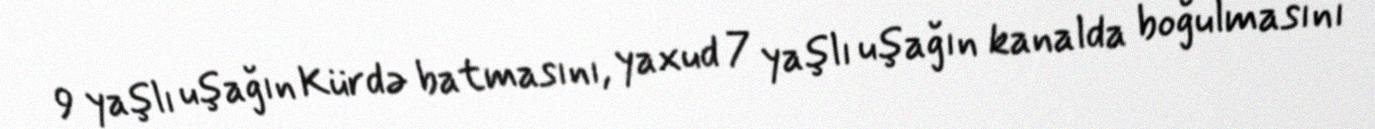
9 yaşlı uşağın Kürdə batmasını, yaxud 7 yaşlı uşağın kanalda boğulmasını